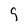
Character: g